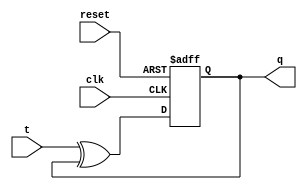
module asynchronous_T_flip_flop (
    input wire clk,
    input wire reset,
    input wire t,
    output reg q
);

reg d;

assign d = t ^ q;

always @(posedge clk or posedge reset)
begin
    if (reset)
        q <= 1'b0;
    else
        q <= d;
end

endmodule